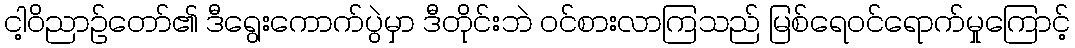
ငါ့ဝိညာဉ်တော်၏ ဒီရွေးကောက်ပွဲမှာ ဒီတိုင်းဘဲ ဝင်စားလာကြသည် မြစ်ရေဝင်ရောက်မှုကြောင့်